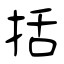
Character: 括